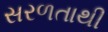
સરળતાથી